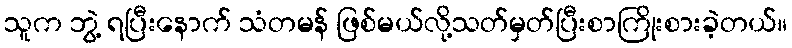
သူက ဘွဲ့ ရပြီးနောက် သံတမန် ဖြစ်မယ်လို့သတ်မှတ်ပြီးစာကြိုးစားခဲ့တယ်။